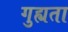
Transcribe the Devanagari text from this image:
गुह्यता